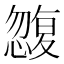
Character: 𭞿